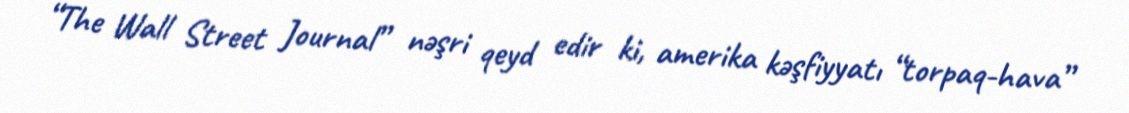
“The Wall Street Journal” nəşri qeyd edir ki, amerika kəşfiyyatı “torpaq-hava”